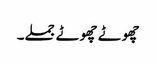
چھوٹے چھوٹے جملے۔